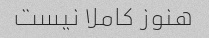
هنوز کاملا نیست